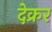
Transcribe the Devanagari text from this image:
देक्रर